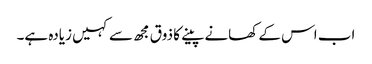
اب اس کے کھانے پینے کا ذوق مجھ سے کہیں زیادہ ہے۔